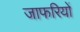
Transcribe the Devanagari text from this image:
जाफरियों